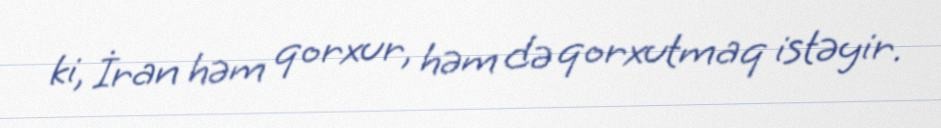
ki, İran həm qorxur, həm də qorxutmaq istəyir.